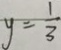
y = \frac { 1 } { 3 }